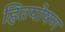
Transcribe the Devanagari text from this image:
हितपोषण